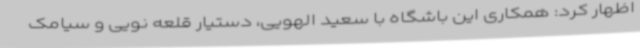
اظهار کرد: همکاری این باشگاه با سعید الهویی، دستیار قلعه نویی و سیامک